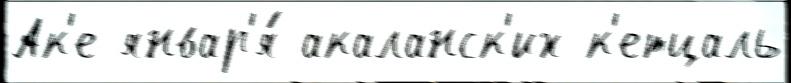
Ак'е январ'я́ акаланск'их к'етцаль